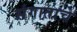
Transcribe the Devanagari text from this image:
संगाताचे